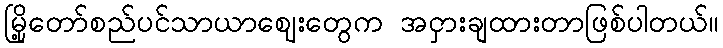
မြို့တော်စည်ပင်သာယာဈေးတွေက အငှားချထားတာဖြစ်ပါတယ်။